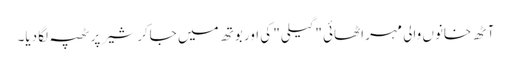
آٹھ خانوں والی مہر اٹھائی "گیلی" کی اور بوتھ میں جاکر شیر پر ٹھپہ لگا دیا۔